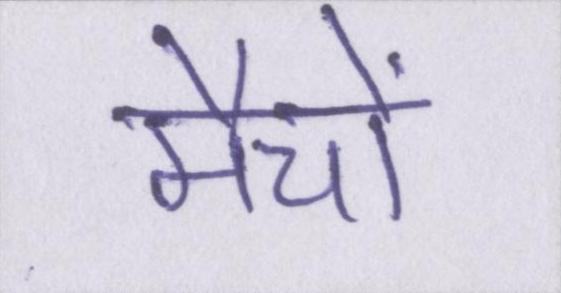
मैचों